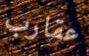
عقارب